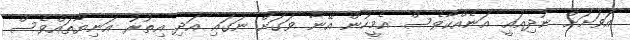
އަވަށަށް ނުދިއައީ އަނެއްކާވެސް އެމީހުން އޭނާ ވަގަށް ނަގައި އަދި އިތުރު އަނިޔާތައްވެސް